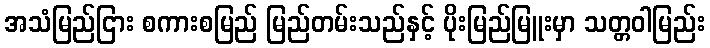
အသံမြည်ငြား စကားစမြည် မြည်တမ်းသည်နှင့် ပိုးမြည်မြူးမှာ သတ္တဝါမြည်း